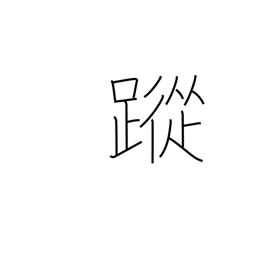
Meaning: footprints